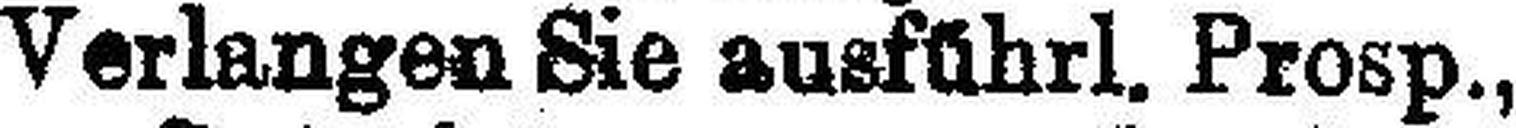
Verlangen Sie ausführl. Prosp.,